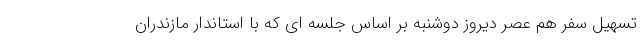
تسهیل سفر هم عصر دیروز دوشنبه بر اساس جلسه ای که با استاندار مازندران